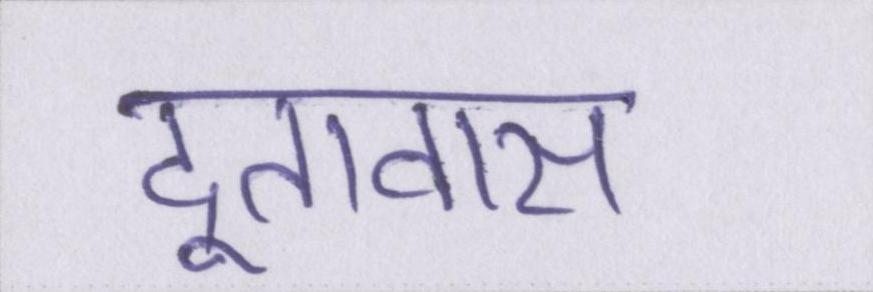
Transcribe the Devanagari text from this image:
दूतावास